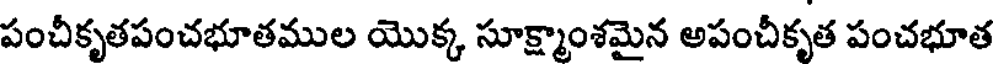
పంచీకృతపంచభూతముల యొక్క సూక్ష్మాంశమైన అపంచీకృత పంచభూత